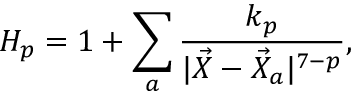
H _ { p } = 1 + \sum _ { a } \frac { k _ { p } } { | \vec { X } - \vec { X } _ { a } | ^ { 7 - p } } ,